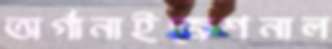
অর্গানাইজেশনাল